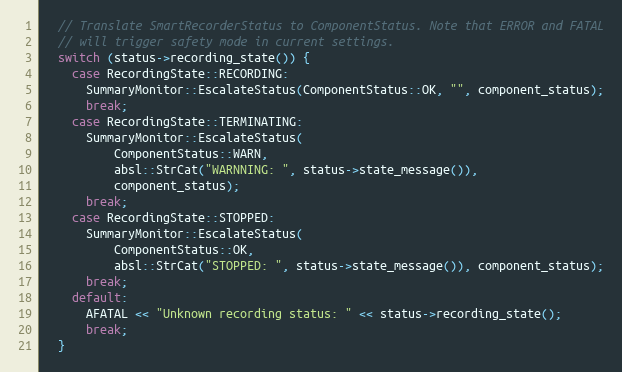
Language: C++
  // Translate SmartRecorderStatus to ComponentStatus. Note that ERROR and FATAL
  // will trigger safety mode in current settings.
  switch (status->recording_state()) {
    case RecordingState::RECORDING:
      SummaryMonitor::EscalateStatus(ComponentStatus::OK, "", component_status);
      break;
    case RecordingState::TERMINATING:
      SummaryMonitor::EscalateStatus(
          ComponentStatus::WARN,
          absl::StrCat("WARNNING: ", status->state_message()),
          component_status);
      break;
    case RecordingState::STOPPED:
      SummaryMonitor::EscalateStatus(
          ComponentStatus::OK,
          absl::StrCat("STOPPED: ", status->state_message()), component_status);
      break;
    default:
      AFATAL << "Unknown recording status: " << status->recording_state();
      break;
  }